Medical and sanitary report of the native army of Bengal for the year
Year: 1878
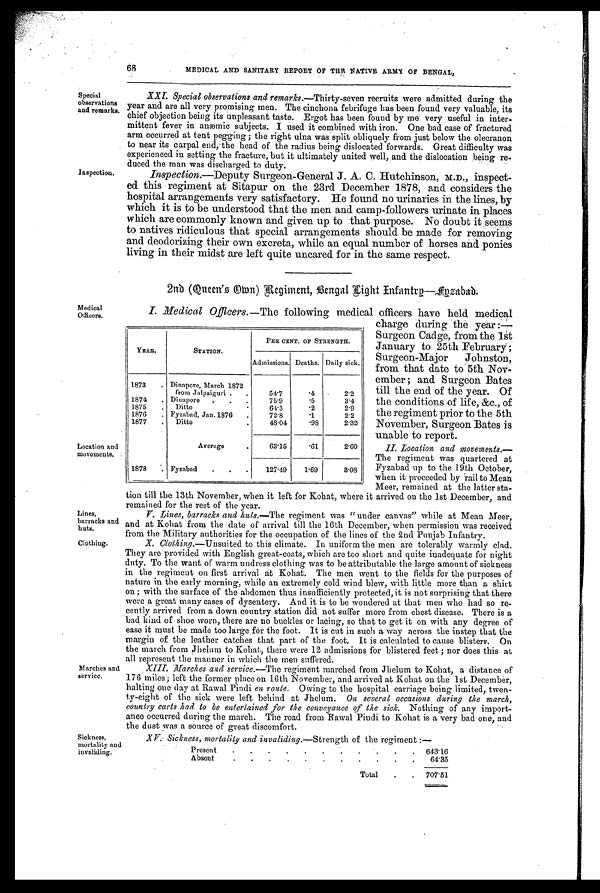
Special
observations
and remarks.
Inspection.
Medical
Officers.
YEAR.
STATION.
PER CENT. OF STRENGTH.
Admissions. Deaths. Daily sick.
1873
. Dinapore, March 1872
from Jalpaiguri.
.
54.7
. 2.2
1874
. Dinaporo
.
.
75.9
.5
3.4
1875
.
Ditto
64.3
. 2 2.9
1876
. Fyzabad, Jan. 1876
.
72.8
. 1 22
1877
.
Ditto
48.04
. 9 8 2.32
Average.
63.15
. 6 1 2.60
1878
. Fyzabad
.
.
.
127.49
1.69
3.08
Location and
movements.
68
MEDICAL AND SANITARY REPORT OF THE NATIVE ARMY OF BENGAL,
Lines,
barracks and
huts.
Clothing.
Marches and
service.
XXI. Special observations and remarks.—Thirty-seven recruits were admitted during the
year and are all very promising men. The cinchona febrifuge has been found very valuable, its
chief objection being its unpleasant taste. Ergot has been found by me very useful in inter-
mittent fever in anæmie subjects. I used it combined with iron. One bad case of fractured
arm occurred at tent pegging ; the right ulna was split obliquely from just below the olecranon
to near its carpal end, the head of the radius being dislocated forwards. Great difficulty was
experienced in setting the fracture, but it ultimately united well, and the dislocation being re-
duced the man was discharged to duty.
Inspection.—Deputy Surgeon-General J. A. C. Hutchinson, M.D., inspect-
ed this regiment at Sitapur on the 23rd December 1878, and considers the
hospital arrangements very satisfactory. He found no urinaries in the lines, by
which it is to be understood that the men and camp-followers urinate in places
which are commonly known and given up to that purpose. No doubt it seems
to natives ridiculous that special arrangements should be made for removing
and deodorizing their own excreta, while an equal number of horses and. ponies
living in their midst are left quite uncared for in the same respect.
2nd (Queen.s Own) Regiment, Bengal L ight I nfantry—Fyzabad.
I. Medical Officers. —The following medical officers have held medical
charge during the year :—
Surgeon Cadge, from the 1st
January to 25th February;
Surgeon-Major Johnston,
from that date to 5th Nov-
ember ; and Surgeon Bates
till the end of the year. Of
the conditions of life, &c., of
the regiment prior to the 5th
November, Surgeon Bates is
unable to report.
II. Location and movements.—
The regiment was quartered at
Fyzabad up to the 19th October,
when it proceeded by rail to Mean
Meer. remained at the latter sta-
tion till the 13th November, when it left for Kohat, where it arrived on the 1st December, and
remained for the rest of the year.
V. Lines, barracks and huts. —The regiment was "under canvas" while at Mean Meer,
and at Kohat from the date of arrival till the 16th December, when permission was received
from the Military authorities for the occupation of the lines of the 2nd Punjab Infantry.
X. Clothing. —Unsuited to this climate. In uniform the men are tolerably warmly clad.
They are provided with English great-coats, which are too short and quite inadequate for night
dut y. To t he want of . war m undr es s cl ot hi ng was t o be at t r i but abl e t he l ar ge amount of s i cknes s
in the regiment on first arrival at Kohat. The men went to the fields for the purposes of
nature in the early morning, while au extremely cold wind blew, with little more than a shirt
on; with the surface of the abdomen thus insufficiently protected, it is not surprising that there
were a great many cases of dysentery. And it is to be wondered at that men who had so re-
cently arrived from a down country station did not suffer more from chest disease. There is a-
bad kind of shoe worn, there are no buckles or lacing, so that to get it on with any degree of
ease it must be made too large for the foot. It is cut in such a way across the instep that the
margin of the leather catches that part of the foot. It is calculated to cause blisters. On
the march from Jhelum to Kohat, there were 12 admissions for blistered feet ; nor does this at
all represent the manner in which the men suffered.
XIII. Marches and service. —The regiment marched from Jhelum to Kohat, a distance of
176 miles; left the .former place on 16th November, and arrived at Kohat the 1st December,
halting one day at Rawal Pindi en route. Owing to the hospital carriage being limited, twen-
ty-eight of the sick were left behind at Jhelum. On several occasions during the march,
country carts had to be entertained for the conveyance of the sick. Nothing of any import-
ance occurred during the march. The road from Rawal Pindi to Kohat is a very bad one, and
the dust was a source of. great discomfort.
Sickness,
mortality and
invaliding.
XV. Sickness, mortality and invaliding. —Strength of the regiment :—
Present
.
.
.
.
.
.
.
.
.
.
.
643.16
Absent
.
.
.
.
.
.
.
.
.
.
.
64.35
Total
.
.
707.51